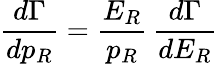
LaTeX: \frac{d\Gamma}{dp_{R}}=\frac{E_{R}}{p_{R}}\, \frac{d\Gamma}{dE_{R}}